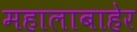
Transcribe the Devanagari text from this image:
महालाबाहेर